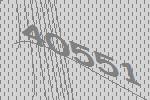
40551